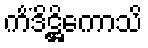
ကိံဒိဋ္ဌိကောသိ